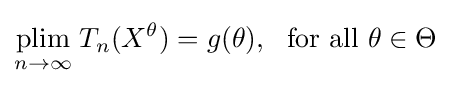
{\underset {n\to \infty }{\operatorname {plim} }}\;T_{n}(X^{\theta })=g(\theta ),\ \ {\text{for all}}\ \theta \in \Theta